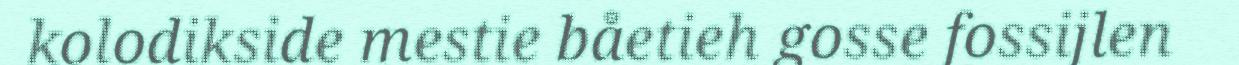
kolodikside mestie båetieh gosse fossijlen